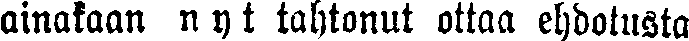
ainakaan nyt tahtonut ottaa ehdotusta